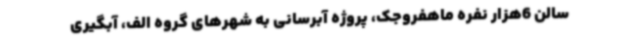
سالن 6هزار نفره ماهفروجک، پروژه آبرسانی به شهرهای گروه الف، آبگیری